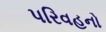
પરિવહનો